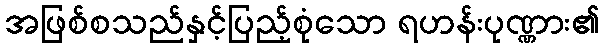
အဖြစ်စသည်နှင့်ပြည့်စုံသော ရဟန်းပုဏ္ဏား၏